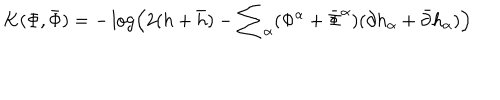
LaTeX: K ( \Phi , { \bar { \Phi } } ) = - \log \left( 2 ( h + { \bar { h } } ) - { \sum } _ { \alpha } ( { \Phi } ^ { \alpha } + { \bar { \Phi } } ^ { \alpha } ) ( { \partial h } _ { \alpha } + { \bar { \partial } } { h } _ { \alpha } ) \right)